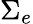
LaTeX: \Sigma_{e}